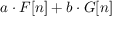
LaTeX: a \cdot F [ n ] + b \cdot G [ n ]